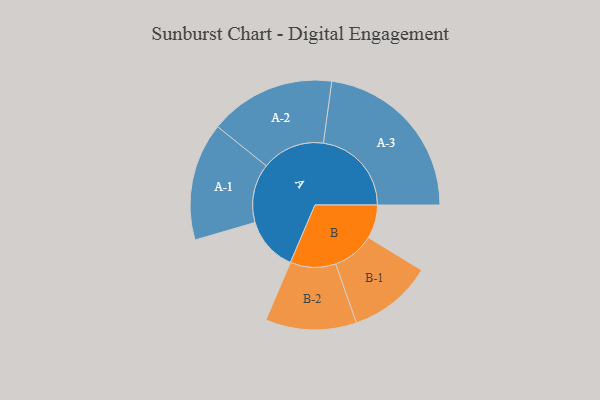
{"axis": {"x": "Segment", "y": "Value"}, "legend": ["", "A", "B"], "data": [{"x": "A", "y": 182, "type": ""}, {"x": "B", "y": 113, "type": ""}, {"x": "A-1", "y": 198, "type": "A"}, {"x": "A-2", "y": 212, "type": "A"}, {"x": "A-3", "y": 296, "type": "A"}, {"x": "B-1", "y": 141, "type": "B"}, {"x": "B-2", "y": 153, "type": "B"}]}